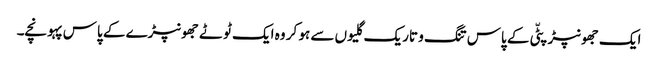
ایک جھونپڑپٹّی کے پاس تنگ و تاریک گلیوں سے ہو کر وہ ایک ٹوٹے جھونپڑے کے پاس پہونچے۔